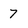
Character: 7